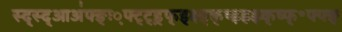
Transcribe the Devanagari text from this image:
स्द्स्द्आअ॑फ्ङ्ः़फ्ट्ट्ड़्फ्ड्क्ष्ड्क्ष्झ्झ्झ्क्ष्फ्॰फ्फ्ङ्